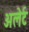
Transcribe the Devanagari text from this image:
अलेर्ट